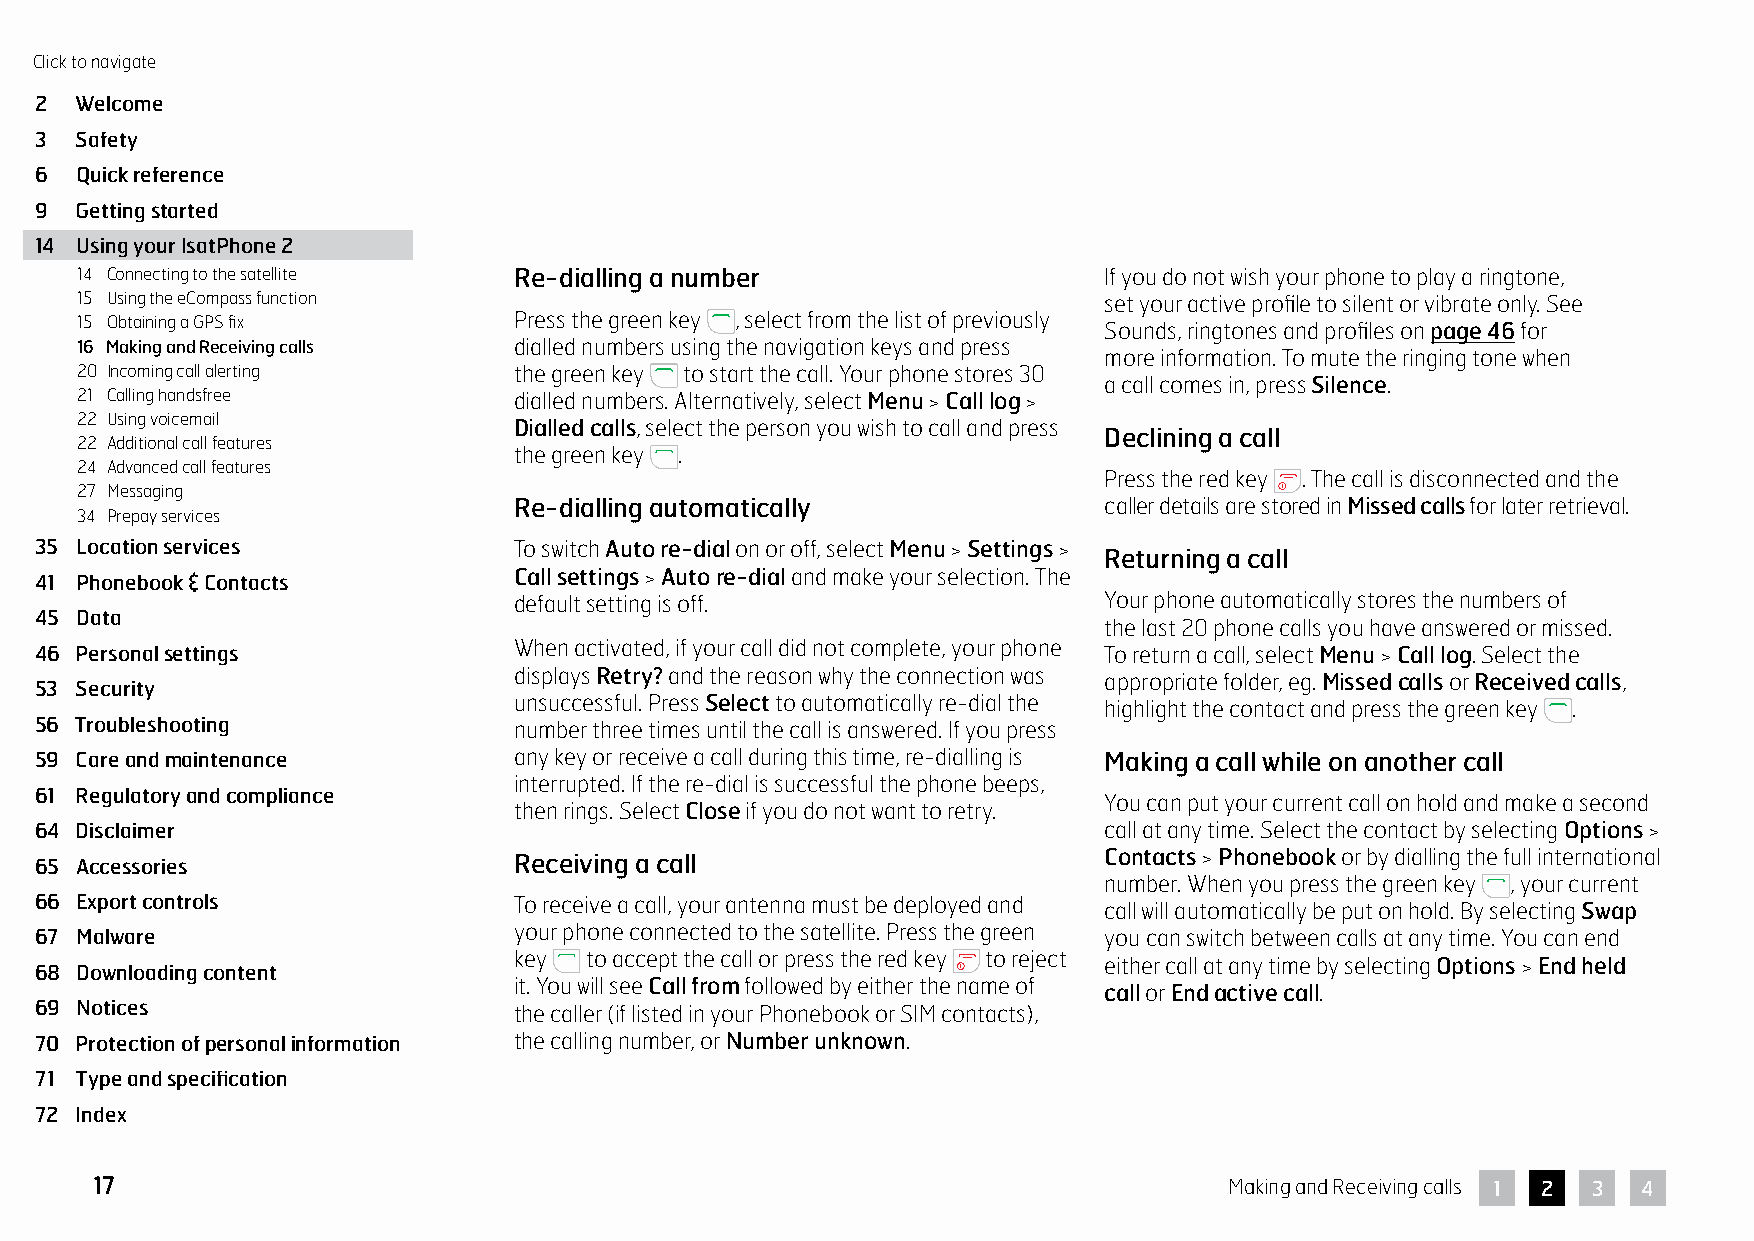
Click to navigate
 2  Welcome
 3  Safety
 6  Quick reference
 9  Getting started
 14 Using your IsatPhone 2
 14 Connecting to the satellite Re-dialling a number                 If you do not wish your phone to play a ringtone,
 15 Using the eCompass function                                      set your active profile to silent or vibrate only. See
 15 Obtaining a GPS fix       Press the green key , select from the list of previously Sounds, ringtones and profiles on page 46 for
 16 Making and Receiving calls dialled numbers using the navigation keys and press
 more information. To mute the ringing tone when
 20 Incoming call alerting    the green key to start the call. Your phone stores 30
 a call comes in, press Silence.
 21 Calling handsfree         dialled numbers. Alternatively, select Menu > Call log >
 22 Using voicemail
 Dialled calls, select the person you wish to call and press
 Declining a call
 22 Additional call features
 the green key .
 24 Advanced call features
 Press the red key . The call is disconnected and the
 27 Messaging
 Re-dialling automatically              caller details are stored in Missed calls for later retrieval.
 34 Prepay services
 35 Location services            To switch Auto re-dial on or off, select Menu > Settings >
 Returning a call
 Call settings > Auto re-dial and make your selection. The
 41 Phonebook & Contacts
 default setting is off.                Your phone automatically stores the numbers of
 45 Data
 the last 20 phone calls you have answered or missed.
 46 Personal settings            When activated, if your call did not complete, your phone To return a call, select Menu > Call log. Select the
 displays Retry? and the reason why the connection was appropriate folder, eg. Missed calls or Received calls,
 53 Security
 unsuccessful. Press Select to automatically re-dial the highlight the contact and press the green key .
 56 Troubleshooting              number three times until the call is answered. If you press
 59 Care and maintenance         any key or receive a call during this time, re-dialling is Making a call while on another call
 interrupted. If the re-dial is successful the phone beeps,
 61 Regulatory and compliance
 You can put your current call on hold and make a second
 then rings. Select Close if you do not want to retry.
 64 Disclaimer                                                          call at any time. Select the contact by selecting Options >
 65 Accessories                  Receiving a call                       Contacts > Phonebook or by dialling the full international
 number. When you press the green key , your current
 66 Export controls              To receive a call, your antenna must be deployed and call will automatically be put on hold. By selecting Swap
 67 Malware                      your phone connected to the satellite. Press the green you can switch between calls at any time. You can end
 key  to accept the call or press the red key to reject either call at any time by selecting Options > End held
 68 Downloading content
 it. You will see Call from followed by either the name of call or End active call.
 69 Notices                      the caller (if listed in your Phonebook or SIM contacts),
 70 Protection of personal information the calling number, or Number unknown.
 71 Type and specification
 72 Index
 17                                                                         Making and Receiving calls 1 2 3 4